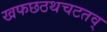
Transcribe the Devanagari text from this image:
खफछठथचटतव्